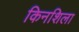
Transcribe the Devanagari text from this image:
किनशिला